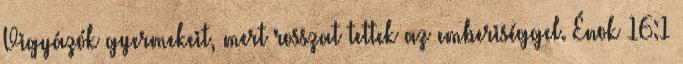
Vigyázók gyermekeit, mert rosszat tettek az emberiséggel. Énok 16:1